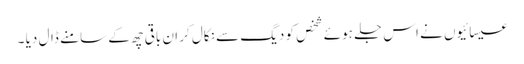
عیسائیوں نے اس جلے ہوئے شخص کو دیگ سے نکال کر ان باقی چھ کے سامنے ڈال دیا ۔